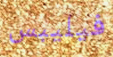
فيليبس